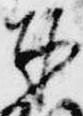
奉